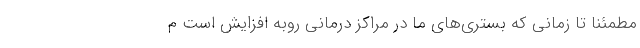
مطمئنا تا زمانی که بستری‌های ما در مراکز درمانی روبه افزایش است م